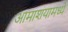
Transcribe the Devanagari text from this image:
आमाशयामध्ये